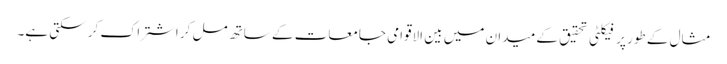
مثال کے طور پر فیکلٹی تحقیق کے میدان میں بین الاقوامی جامعات کے ساتھ مل کر اشتراک کر سکتی ہے۔